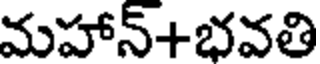
మహాన్+భవతి